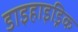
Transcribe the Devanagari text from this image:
डाइहाइड्रिक